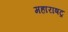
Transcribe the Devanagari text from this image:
महाराषट्र